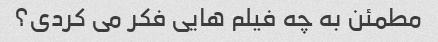
مطمئن به چه فیلم هایی فکر می کردی؟